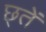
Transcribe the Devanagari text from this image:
छ्तें